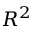
R ^ { 2 }